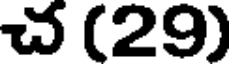
చ (29)